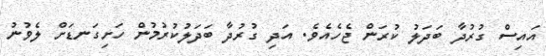
އައިސް ގުރުދާ ބަދަލު ކުރަން ޖެހެއެވެ. އަދި ގުރުދާ ބަދަލުކުރުމުން ހަށިގަނޑަށް ލެވުނު